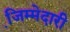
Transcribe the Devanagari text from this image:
जि़म्मेदारी